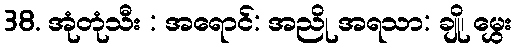
38. အုံတုံသီး : အရောင်: အညို အရသာ: ချို၊ မွှေး